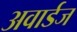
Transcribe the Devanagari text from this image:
अवार्डज